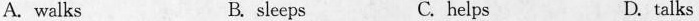
A. walks B. sleeps C. helps D.talks